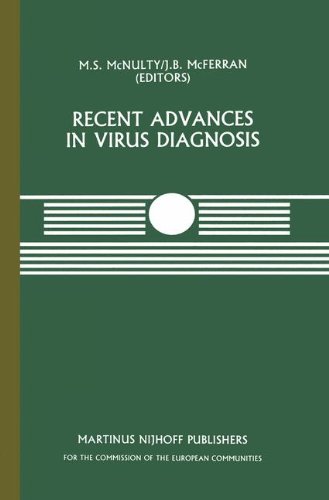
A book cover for Recent Advances in Virus Diagnosis: A Seminar in the CEC Programme of Co-ordination of Research on Animal Pathology, held at the Veterinary Research ... 1983 (Current Topics in Veterinary Medicine); Medical Books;